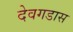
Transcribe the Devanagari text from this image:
देवगडास